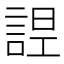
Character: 𧨤